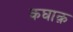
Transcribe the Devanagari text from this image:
कघाक़